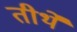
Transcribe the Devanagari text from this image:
तीर्थें